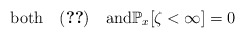
\begin{align*}\textrm{both}\quad\eqref{eq:X-continuous}\quad\textrm{and}\mathbb{P}_{x}[\zeta<\infty]=0\end{align*}